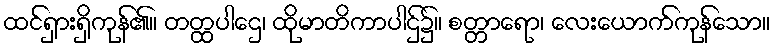
ထင်ရှားရှိကုန်၏။ တတ္ထပါဌေ၊ ထိုမာတိကာပါဌ်၌။ စတ္တာရော၊ လေးယောက်ကုန်သော။